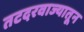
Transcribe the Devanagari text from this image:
तटदरवाज्यातून